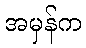
အမှန်က